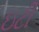
ઇટી